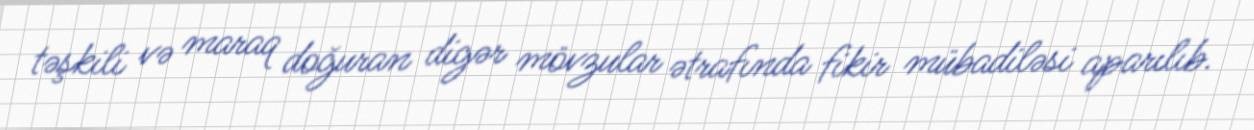
təşkili və maraq doğuran digər mövzular ətrafında fikir mübadiləsi aparılıb.